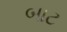
બાટ